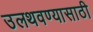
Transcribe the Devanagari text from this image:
उलथवण्यासाठी